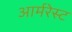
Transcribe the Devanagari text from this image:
आर्मरेस्ट